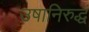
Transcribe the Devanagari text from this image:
उषानिरुद्धं